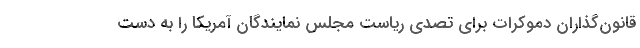
قانون‌گذاران دموکرات برای تصدی ریاست مجلس نمایندگان آمریکا را به دست